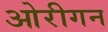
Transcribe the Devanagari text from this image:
ओरीगन